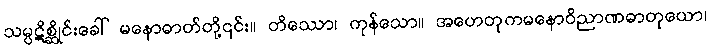
သမ္ပဋိစ္ဆိုင်းခေါ် မနောဓာတ်တို့၎င်း။ တိဿော၊ ကုန်သော။ အဟေတုကမနောဝိညာဏဓာတုယော၊